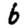
Digit: 6